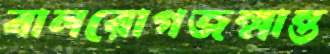
বালরোগজন্মান্ত